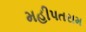
મહીપતરામ